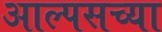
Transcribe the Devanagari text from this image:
आल्पसच्या